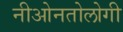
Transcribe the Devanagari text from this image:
नीओनतोलोगी